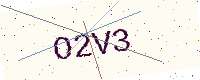
Text: O2V3